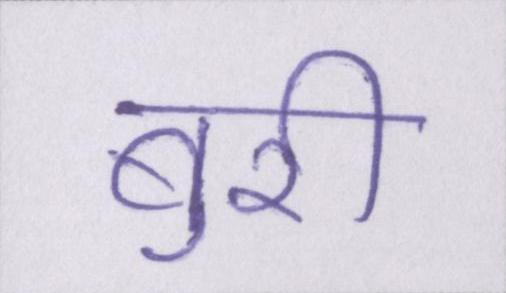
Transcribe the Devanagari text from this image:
बुरी